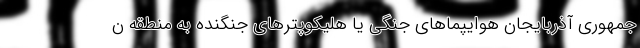
جمهوری آذربایجان هوایپماهای جنگی یا هلیکوپترهای جنگنده به منطقه ن